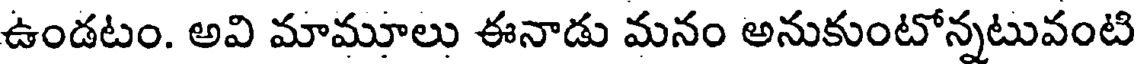
ఉండటం. అవి మామూలు ఈనాడు మనం అనుకుంటోన్నటువంటి